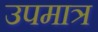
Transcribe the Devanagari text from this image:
उपमात्र